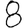
Digit: 8